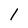
Character: l